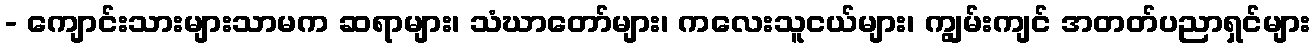
- ကျောင်းသားများသာမက ဆရာများ၊ သံဃာတော်များ၊ ကလေးသူငယ်များ၊ ကျွမ်းကျင် အတတ်ပညာရှင်များ